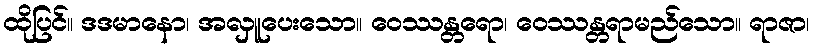
ထိုပြင်။ ဒဒမာနော၊ အလှူပေးသော။ ဝေဿန္တရော၊ ဝေဿန္တရာမည်သော။ ရာဇာ၊